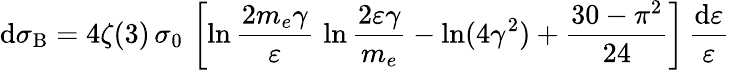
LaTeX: \mathrm{d}\sigma_{\mathrm{{B}}}=4\zeta(3)\, \sigma_{0}\, \left[\ln{\frac{{2m_{e}\gamma}}{{\varepsilon}}}\, \ln{\frac{{2\varepsilon\gamma}}{{m_{e}}}}-\ln(4\gamma^{2})+\frac{{30-\pi^{2}}}{{24}}\right]\, {\frac{{\mathrm{d}\varepsilon}}{{\varepsilon}}}